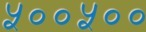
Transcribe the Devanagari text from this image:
५००५००